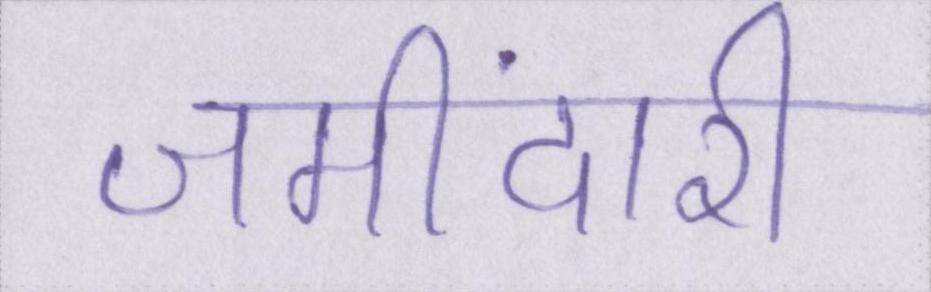
जमींदारी